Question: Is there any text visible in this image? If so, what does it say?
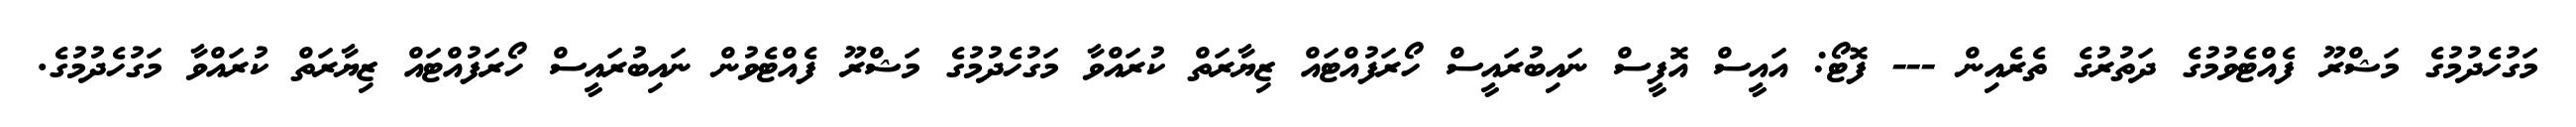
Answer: މަގުހެދުމުގެ މަޝްރޫ ފެއްޓެވުމުގެ ދަތުރުގެ ތެރެއިން --- ފޮޓޯ: އައީސް އޮފީސް ނައިބުރައީސް ހޯރަފުއްޓައް ޒިޔާރަތް ކުރައްވާ މަގުހެދުމުގެ މަޝްރޫ ފެއްޓެވުން ނައިބުރައީސް ހޯރަފުއްޓައް ޒިޔާރަތް ކުރައްވާ މަގުހެދުމުގެ.